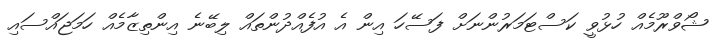
ޝޯވްރޫމެއް ހުޅުވީ ކަސްޓަމަރުންނަށް ފަސޭހަ އިން އެ އުފެއްދުންތައް ލިބޭނެ އިންތިޒާމެއް ހަމަޖައްސައި